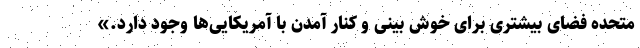
متحده فضای بیشتری برای خوش بینی و کنار آمدن با آمریکایی‌ها وجود دارد.»